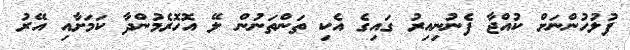
ފުލުހުންނަށް ކުއްޖާ ފެނުނިއިރު ގައިގެ އެކި ތަންތަނުން ލޭ އޮހޮރެމުންދާ ކަމަށާއި އޭރު